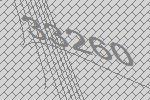
33260